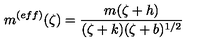
m ^ { ( e f f ) } ( \zeta ) = \frac { m ( \zeta + h ) } { ( \zeta + k ) ( \zeta + b ) ^ { 1 / 2 } }